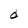
Character: d